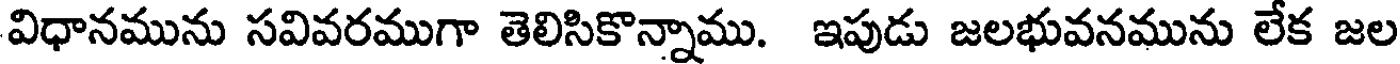
విధానమును సవివరముగా తెలిసికొన్నాము. ఇపుడు జలభువనమును లేక జల